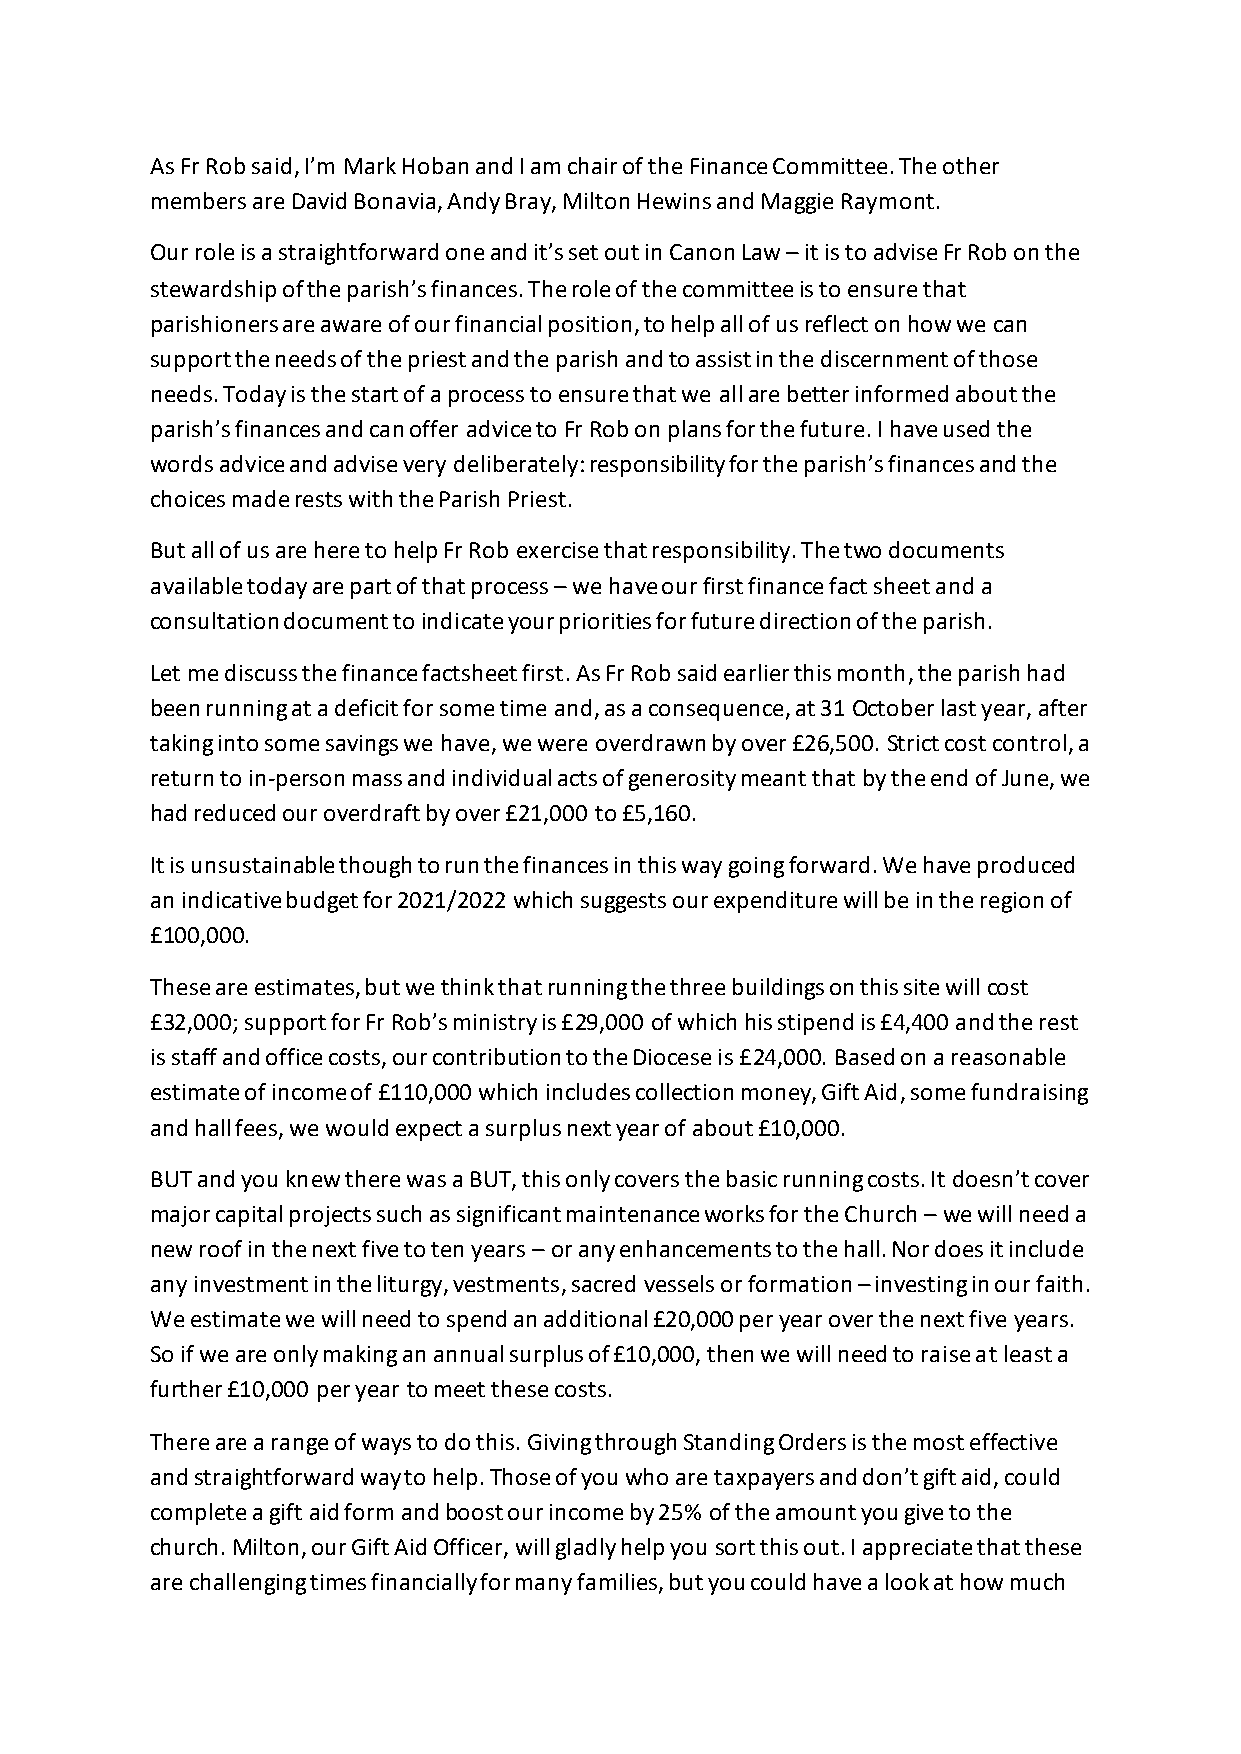
As Fr Rob said, I’m Mark Hoban and I am chair of the Finance Committee. The other
 members are David Bonavia, Andy Bray, Milton Hewins and Maggie Raymont.
 Our role is a straightforward one and it’s set out in Canon Law – it is to advise Fr Rob on the
 stewardship of the parish’s finances. The role of the committee is to ensure that
 parishioners are aware of our financial position, to help all of us reflect on how we can
 support the needs of the priest and the parish and to assist in the discernment of those
 needs. Today is the start of a process to ensure that we all are better informed about the
 parish’s finances and can offer advice to Fr Rob on plans for the future. I have used the
 words advice and advise very deliberately: responsibility for the parish’s finances and the
 choices made rests with the Parish Priest.
 But all of us are here to help Fr Rob exercise that responsibility. The two documents
 available today are part of that process – we have our first finance fact sheet and a
 consultation document to indicate your priorities for future direction of the parish.
 Let me discuss the finance factsheet first. As Fr Rob said earlier this month, the parish had
 been running at a deficit for some time and, as a consequence, at 31 October last year, after
 taking into some savings we have, we were overdrawn by over £26,500. Strict cost control, a
 return to in-person mass and individual acts of generosity meant that by the end of June, we
 had reduced our overdraft by over £21,000 to £5,160.
 It is unsustainable though to run the finances in this way going forward. We have produced
 an indicative budget for 2021/2022 which suggests our expenditure will be in the region of
 £100,000.
 These are estimates, but we think that running the three buildings on this site will cost
 £32,000; support for Fr Rob’s ministry is £29,000 of which his stipend is £4,400 and the rest
 is staff and office costs, our contribution to the Diocese is £24,000. Based on a reasonable
 estimate of income of £110,000 which includes collection money, Gift Aid, some fundraising
 and hall fees, we would expect a surplus next year of about £10,000.
 BUT and you knew there was a BUT, this only covers the basic running costs. It doesn’t cover
 major capital projects such as significant maintenance works for the Church – we will need a
 new roof in the next five to ten years – or any enhancements to the hall. Nor does it include
 any investment in the liturgy, vestments, sacred vessels or formation – investing in our faith.
 We estimate we will need to spend an additional £20,000 per year over the next five years.
 So if we are only making an annual surplus of £10,000, then we will need to raise at least a
 further £10,000 per year to meet these costs.
 There are a range of ways to do this. Giving through Standing Orders is the most effective
 and straightforward way to help. Those of you who are taxpayers and don’t gift aid, could
 complete a gift aid form and boost our income by 25% of the amount you give to the
 church. Milton, our Gift Aid Officer, will gladly help you sort this out. I appreciate that these
 are challenging times financially for many families, but you could have a look at how much